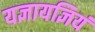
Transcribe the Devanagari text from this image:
यज्ञायज्ञियं